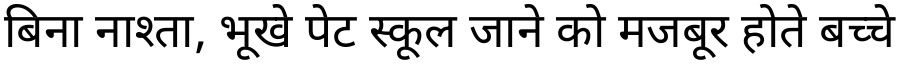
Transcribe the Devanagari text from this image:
बिना नाश्ता, भूखे पेट स्कूल जाने को मजबूर होते बच्चे